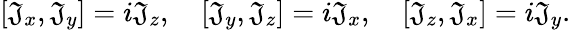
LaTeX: [\mathfrak{J}_{x},\mathfrak{J}_{y}]=i\mathfrak{J}_{z},\quad[\mathfrak{J}_{y},\mathfrak{J}_{z}]=i\mathfrak{J}_{x},\quad[\mathfrak{J}_{z},\mathfrak{J}_{x}]=i\mathfrak{J}_{y}.